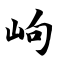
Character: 岣